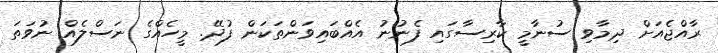
ރާއްޖެއަށް ދިމާވި ސުނާމީ ކާރިސާގައި ފެނުނު އެއްބައިވަންތަކަން ފުދޭ. މީހެއްގެ ނަސްލެއް ނުވަތަ